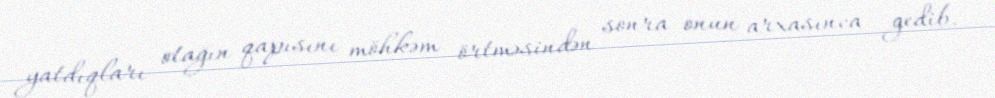
yatdıqları otağın qapısını möhkəm örtməsindən sonra onun arxasınca gedib.